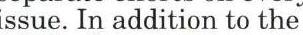
ssue. In addition to the